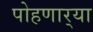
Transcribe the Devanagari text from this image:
पोहणार्‍या